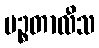
ပဉ္စတာလီသ